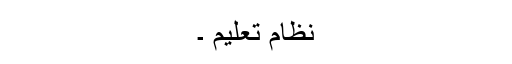
نظام تعلیم ۔